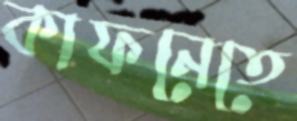
কাফনেতে